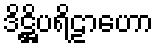
ဒိဋ္ဌိပရိဠာဟော